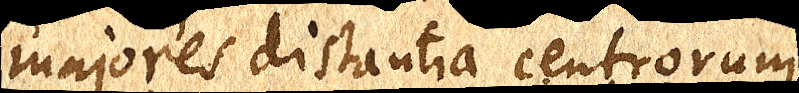
majores distantia centrorum,